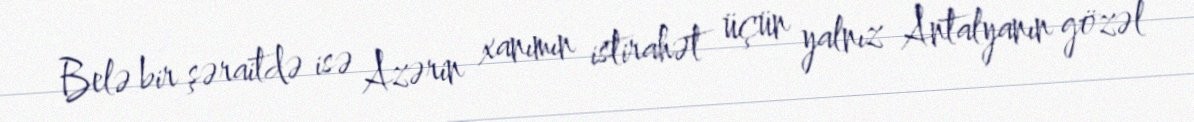
Belə bir şəraitdə isə Azərin xanımın istirahət üçün yalnız Antalyanın gözəl